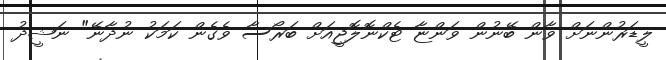
ލީޑަރުންނަށް ވާން ބޭނުން ވަންޏާ ޓެކްނޮލޮޖީއަށް ބަރޯސާ ވެެގެން ކަމަކު ނުދާނޭ" ނަޝީދު